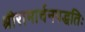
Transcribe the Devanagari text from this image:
श्रीरामार्चनपद्धतिः